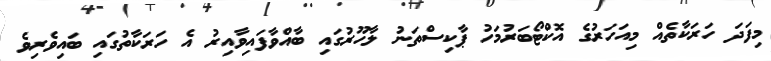
މިފަދަ ހަރަކާތެއް މިއަހަރުގެ އޮކްޓޯބަރުމަހު ޕާކިސްތަނު ލާހޫރުގައި ބާއްވާފައިވާއިރު އެ ހަރަކާތުގައި ބައިވެރިވެ